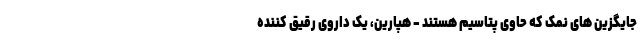
جایگزین های نمک که حاوی پتاسیم هستند - هپارین، یک داروی رقیق کننده